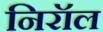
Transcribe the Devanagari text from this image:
निरॉल